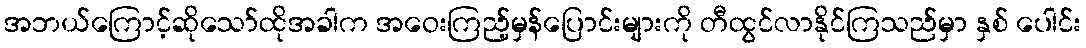
အဘယ်ကြောင့်ဆိုသော်ထိုအခါက အဝေးကြည့်မှန်ပြောင်းများကို တီထွင်လာနိုင်ကြသည်မှာ နှစ် ပေါင်း